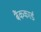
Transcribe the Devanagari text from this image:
बैंककार्ड